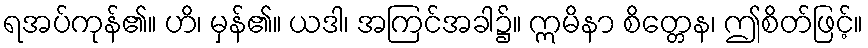
ရအပ်ကုန်၏။ ဟိ၊ မှန်၏။ ယဒါ၊ အကြင်အခါ၌။ ဣမိနာ စိတ္တေန၊ ဤစိတ်ဖြင့်။